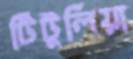
টিটুলিয়া